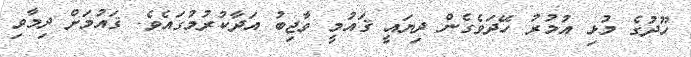
ހޫދުގެ މުޅި އުމުރު ހޭދަވެގެން ދިޔައީ ޤައުމީ ވާޖިބު އަދާކުރުމުގައެވެ. ޤައުމަށް ދިމާވި